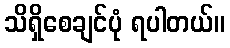
သိရှိစေချင်ပုံ ရပါတယ်။